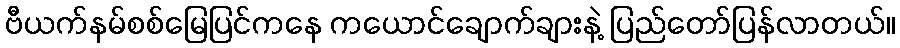
ဗီယက်နမ်စစ်မြေပြင်ကနေ ကယောင်ချောက်ချားနဲ့ ပြည်တော်ပြန်လာတယ်။